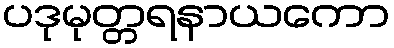
ပဒုမုတ္တရနာယကော